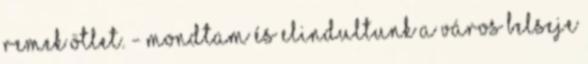
Remek ötlet. - mondtam és elindultunk a város belseje